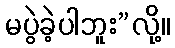
မပွဲခဲ့ပါဘူး”လို့။